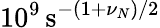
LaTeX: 10^{9}\, \mathrm{s}^{-(1+\nu_{N})/2}